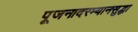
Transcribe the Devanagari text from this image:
पूजनादरम्यानसुद्धा